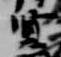
賢